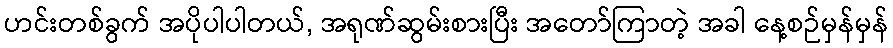
ဟင်းတစ်ခွက် အပိုပါပါတယ်, အရုဏ်ဆွမ်းစားပြီး အတော်ကြာတဲ့ အခါ နေ့စဉ်မှန်မှန်